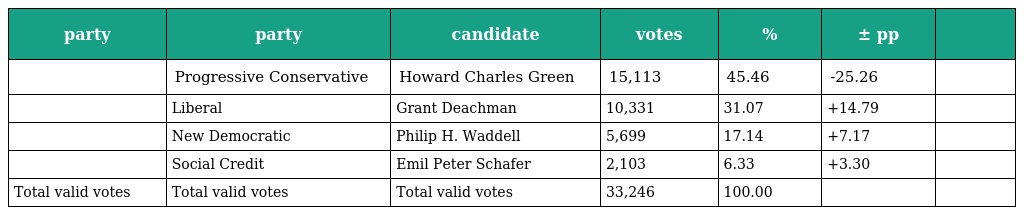
| party | party | candidate | votes | % | ± pp |  |
 | --- | --- | --- | --- | --- | --- | --- |
 |  | Progressive Conservative | Howard Charles Green | 15,113 | 45.46 | -25.26 |  |
 |  | Liberal | Grant Deachman | 10,331 | 31.07 | +14.79 |  |
 |  | New Democratic | Philip H. Waddell | 5,699 | 17.14 | +7.17 |  |
 |  | Social Credit | Emil Peter Schafer | 2,103 | 6.33 | +3.30 |  |
 | Total valid votes | Total valid votes | Total valid votes | 33,246 | 100.00 |  |  |